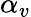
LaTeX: \alpha_{v}